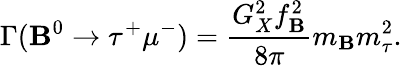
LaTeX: \Gamma(\mathbf{B}^{0}\rightarrow\tau^{+}\mu^{-})={\frac{{G_{X}^{2}f_{\mathbf{B}}^{2}}}{{8\pi}}}m_{\mathbf{B}}m_{\tau}^{2}.